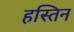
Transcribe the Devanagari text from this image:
हस्तिन